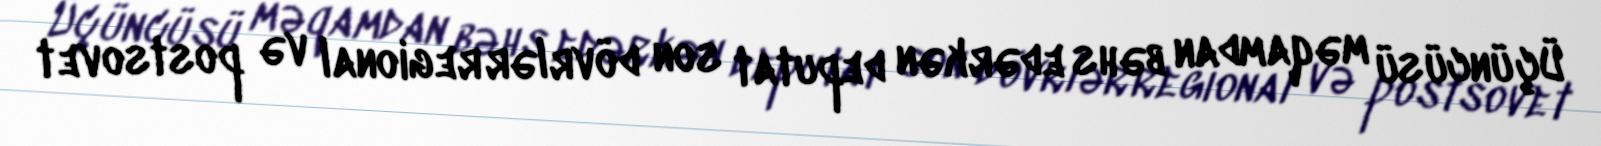
Üçüncüsü məqamdan bəhs edərkən deputat son dövrlər regional və postsovet